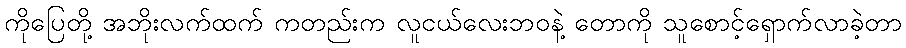
ကိုပြေတို့ အဘိုးလက်ထက် ကတည်းက လူငယ်လေးဘဝနဲ့ တောကို သူစောင့်ရှောက်လာခဲ့တာ